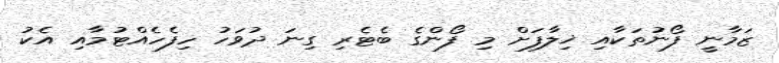
ޒަމާނީ ފޯނުތަކާއި ޚިލާފަށް މި ފޯންގެ ބެޓެރި ގިނަ ދުވަހު ހިފެހެއްޓުމާއި އެކު